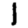
Digit: 1